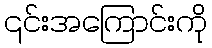
၎င်းအကြောင်းကို